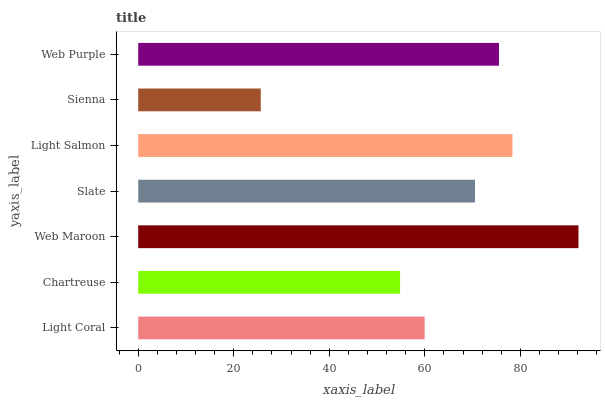
| yaxis_label | bars |
 | --- | --- |
 | Light Coral | 60 |
 | Chartreuse | 54.8 |
 | Web Maroon | 92.2 |
 | Slate | 70.5 |
 | Light Salmon | 78.3 |
 | Sienna | 25.7 |
 | Web Purple | 75.5 |